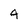
Character: 4